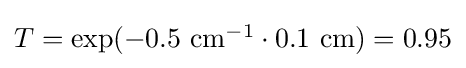
{\textstyle T=\exp(-0.5\ {\text{cm}}^{-1}\cdot 0.1\ {\text{cm}})=0.95}